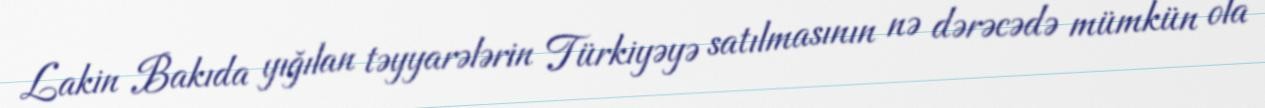
Lakin Bakıda yığılan təyyarələrin Türkiyəyə satılmasının nə dərəcədə mümkün ola